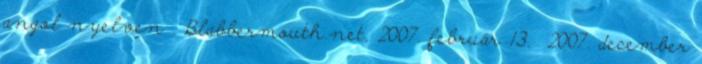
angol nyelven . Blabbermouth.net, 2007. február 13. 2007. december